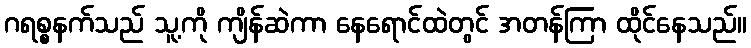
ဂရစ္စနက်သည် သူ့ကို ကျိန်ဆဲကာ နေရောင်ထဲတွင် အတန်ကြာ ထိုင်နေသည်။